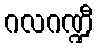
ဂလဂဏ္ဍီ